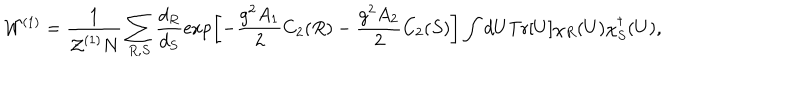
{ \cal W } ^ { ( 1 ) } = { \frac { 1 } { { \cal Z } ^ { ( 1 ) } N } } \sum _ { R , S } \frac { d _ { R } } { d _ { S } } \exp \left[ - { \frac { g ^ { 2 } A _ { 1 } } { 2 } } C _ { 2 } ( R ) - { \frac { g ^ { 2 } A _ { 2 } } { 2 } } C _ { 2 } ( S ) \right] \int d U \mathrm { T r } [ U ] \chi _ { R } ( U ) \chi _ { S } ^ { \dagger } ( U ) ,